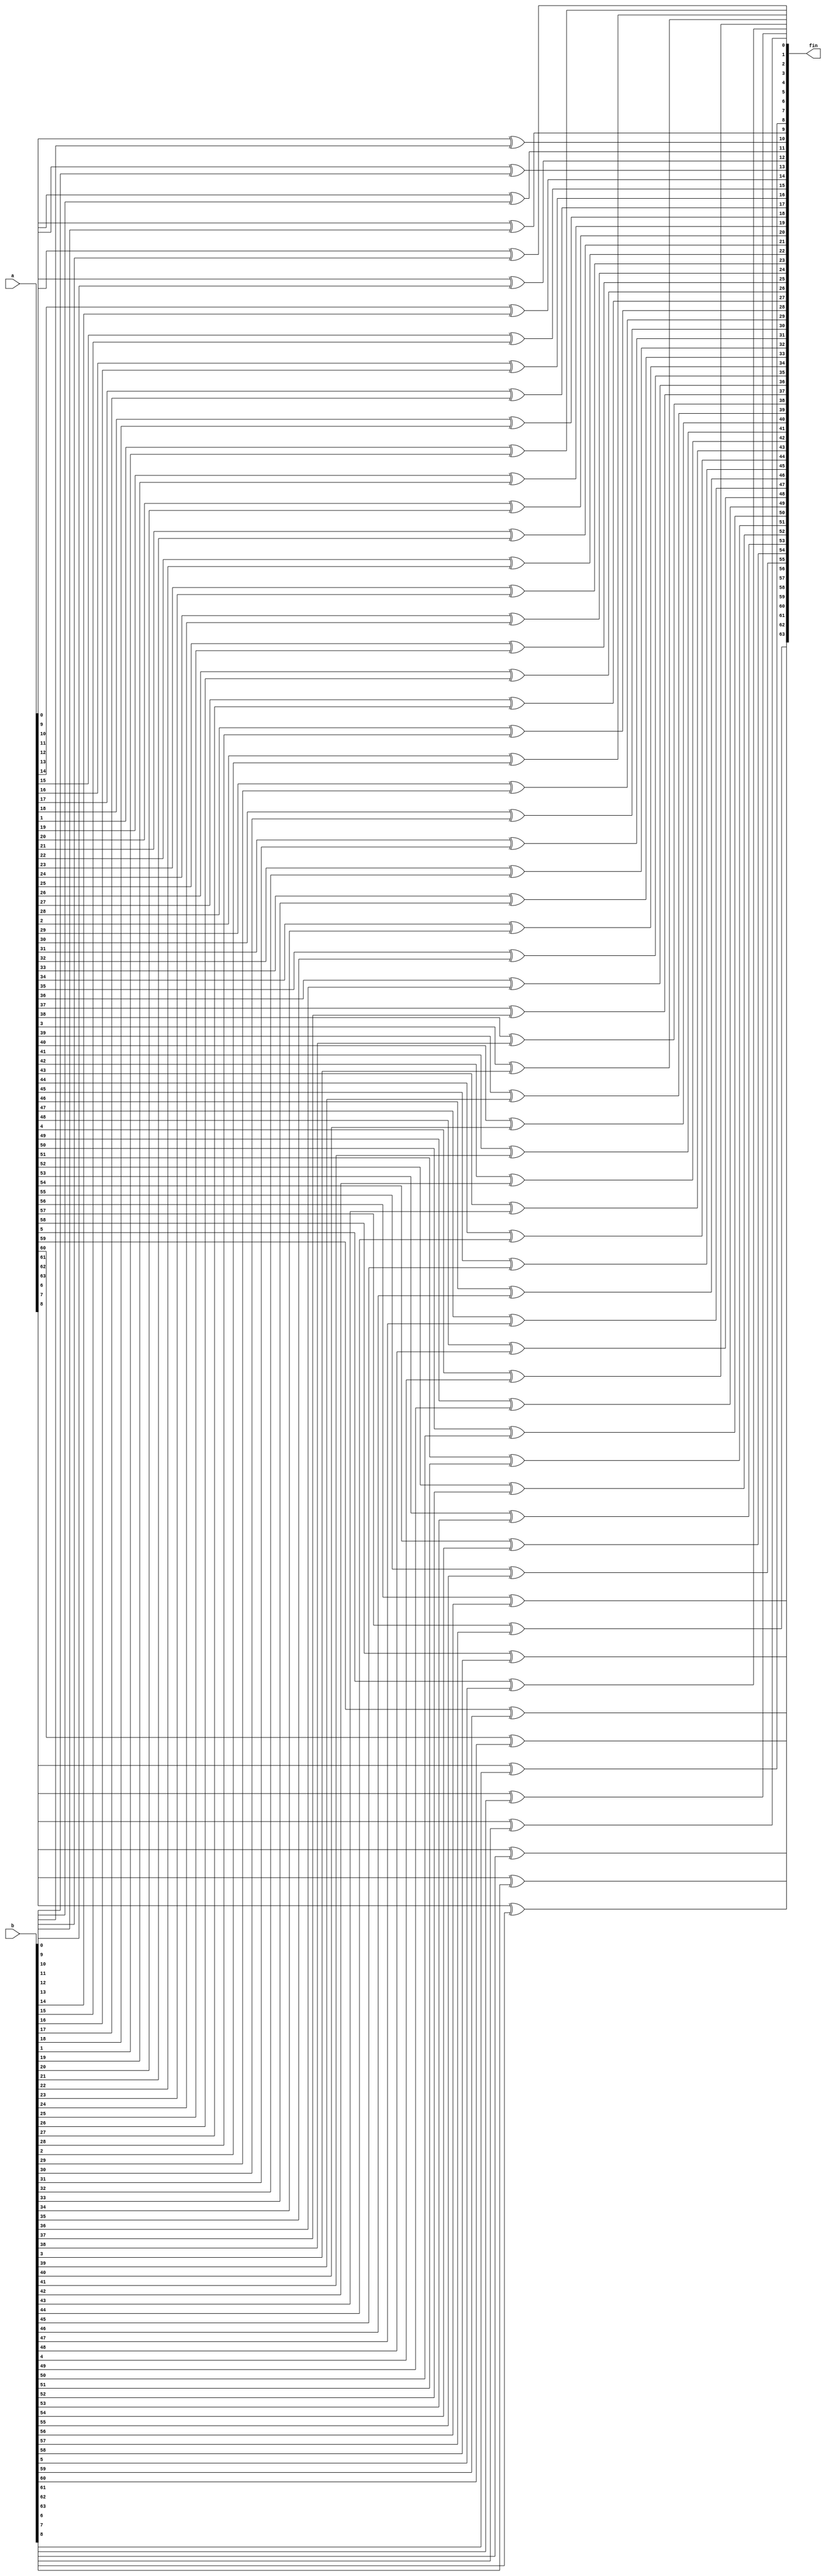
module xor_64_bits(a,b,fin);

    input [63:0] a,b;
    output [63:0] fin;

    genvar i;

    generate

        for(i=0;i<64;i=i+1) begin
            xor x1(fin[i],a[i],b[i]);
        end

    endgenerate

endmodule